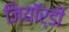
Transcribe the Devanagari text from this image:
जियॉर्डी